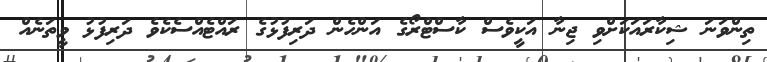
ތިންވަނަ ޝިކާރައަކަށްވި ޖިނާ އަކީވެސް ކާސްޓްރޯގެ އަންހެން ދަރިފުޅުގެ ރައްޓެއްސެކެވެ ދަރިފުޅު ވީތަނެއް